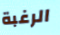
الرغبة